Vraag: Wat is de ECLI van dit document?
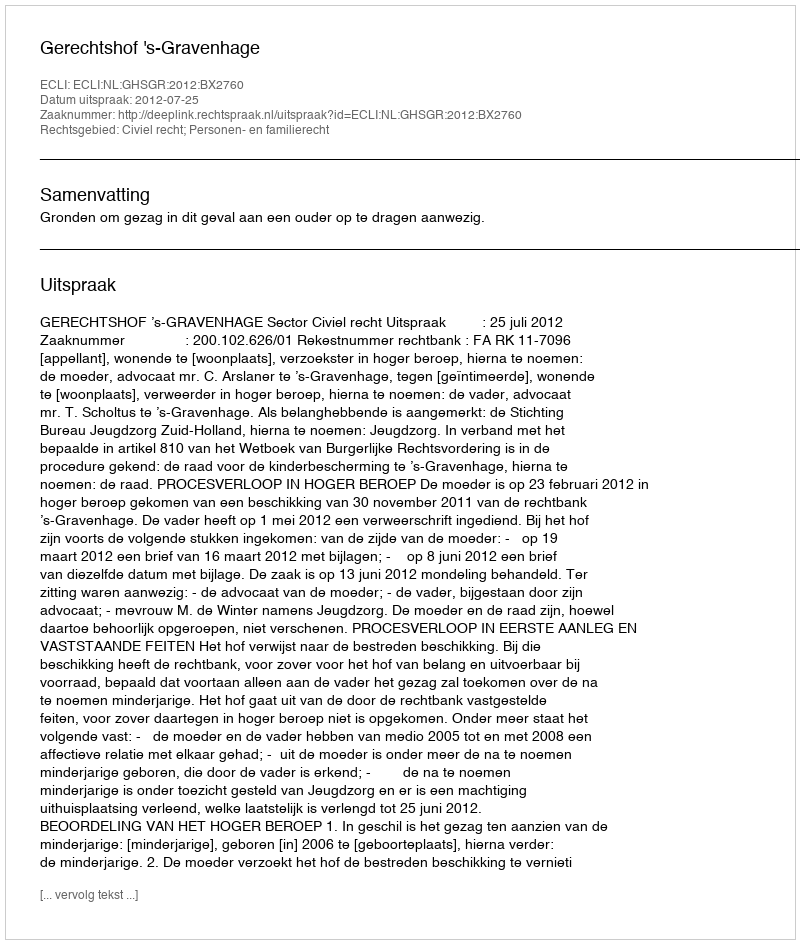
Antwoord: ECLI:NL:GHSGR:2012:BX2760